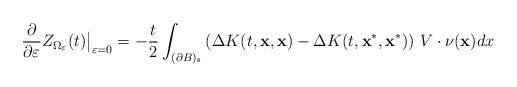
LaTeX: \begin{align*}\frac{\partial}{\partial \varepsilon} Z_{\Omega_{\varepsilon}}(t)\big|_ {\varepsilon=0} = -{t\over2} \int_{(\partial B)_s} \left(\Delta K(t,{\bf x},{\bf x})-\Delta K(t,{\bf x}^*,{\bf x}^*)\right) \, V\cdot\nu ({\bf x}) dx\end{align*}